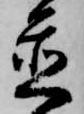
置